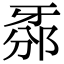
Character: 𤘊